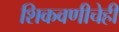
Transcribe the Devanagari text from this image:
शिकवणीचेही